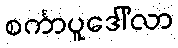
စင်္ကာပူဒေါ်လာ